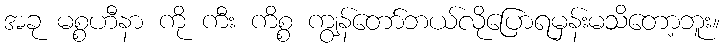
အခု မစ္စဟီနာ ကို ကီး ကိစ္စ ကျွန်တော်ဘယ်လိုပြောရမှန်းမသိတော့ဘူး။